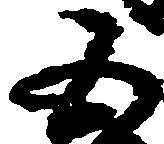
五